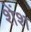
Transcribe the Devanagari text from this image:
शेंश